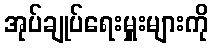
အုပ်ချုပ်ရေးမှူးများကို